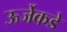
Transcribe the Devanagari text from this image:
ऊर्जेकडे